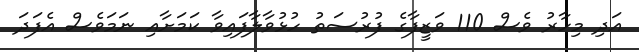
އަދި މިހާރު ވެސް 110 ވަޒީފާގެ ފުރުސަތު ހުޅުވާލާފައިވާ ކަމަށާއި ނަމަވެސް އެފަދަ